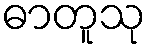
ဓာတူသု